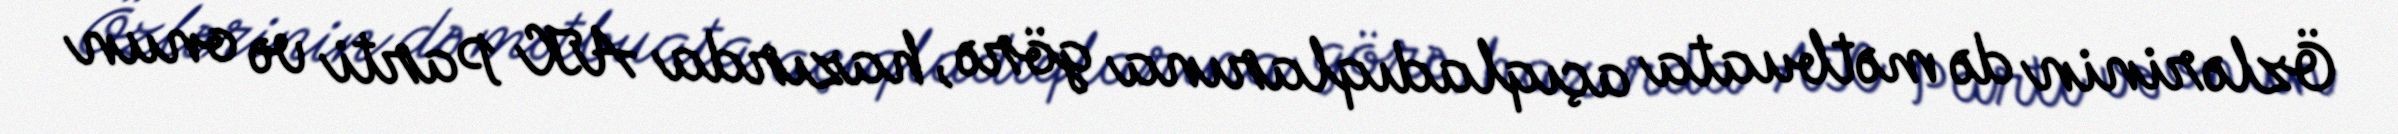
Özlərinin də mətbuata açıqladıqlarına görə, hazırda AK Parti və onun